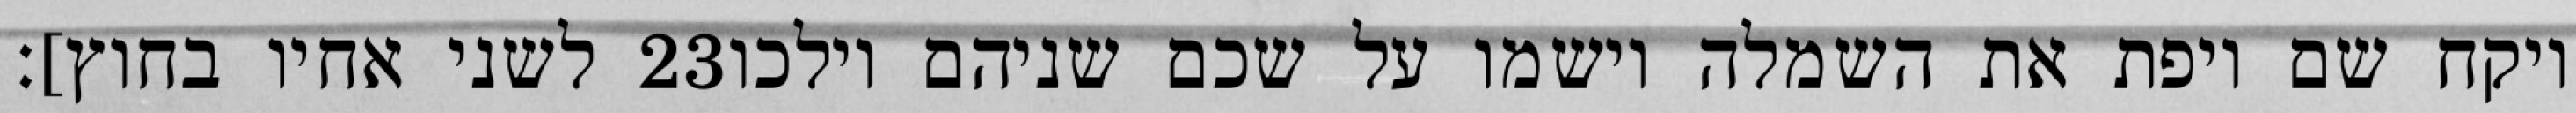
לשני אחיו בחוץ]׃ ‎23‏ ויקח שם ויפת את השמלה וישמו על שכם שניהם וילכו